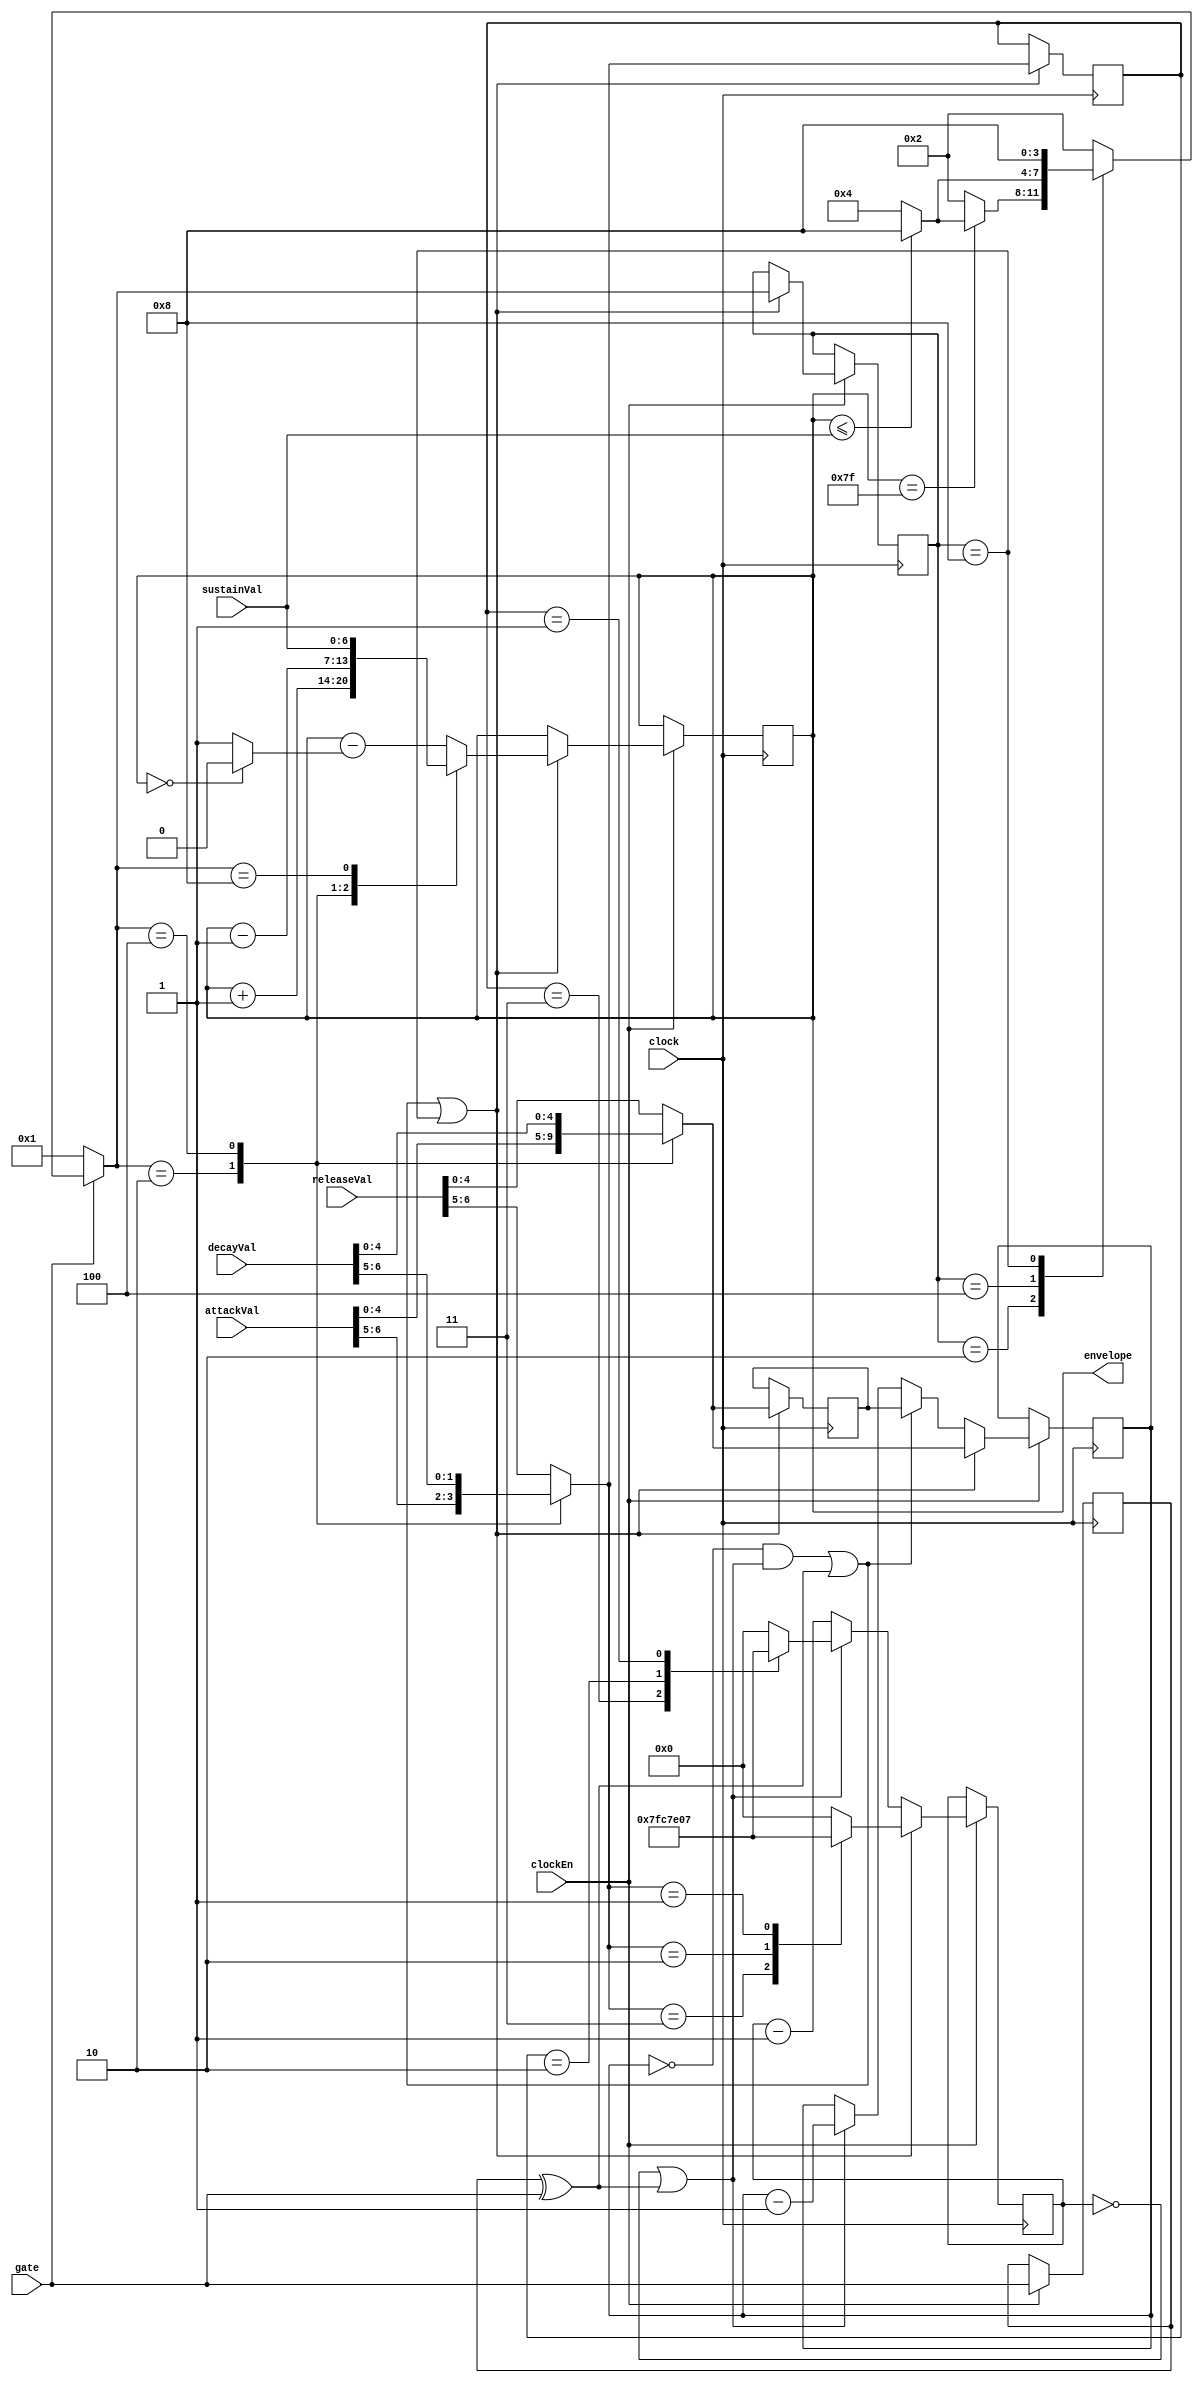
`timescale 1ns / 1ps
////////////////////////////////////////////////////////////////////////////////
// Company:
//
// Design Name: 
// Module Name:    envGen
// Project Name: 
// Target Devices: 
// Tool versions: 
// Description: 
//
// License:
// --------
// Copyright 2021  Ren Trapp (rene [dot] trapp (-at-) web [dot] de)
//
// This program is free software: you can redistribute it and/or modify
// it under the terms of the GNU General Public License as published by
// the Free Software Foundation, either version 3 of the License, or
// (at your option) any later version.
//
// This program is distributed in the hope that it will be useful,
// but WITHOUT ANY WARRANTY; without even the implied warranty of
// MERCHANTABILITY or FITNESS FOR A PARTICULAR PURPOSE.  See the
// GNU General Public License for more details.
//
// You should have received a copy of the GNU General Public License
// along with this program.  If not, see <https://www.gnu.org/licenses/>.
//
// Additional Comments:
// --------------------
//
// Attack, Decay, Release input vectors are 7 bit wide:
//    {2'b"e", 5'b"m"}
//    2 bits as exponent e
//    5 bits as mantissa m
//
// t = 2**(e*3) * m * T
// T = 1/375 s @ clockEn = 48 kHz
//
//   e | 2**(e*3)
//  ---+---------
//   0 |   1
//   1 |   8
//   2 |  64
//   3 | 512
//
// Sustain is fixed to the envelope width. If the generator is in its Sustain
// state any writes to the register take effect immediately (with the next clock
// rising edge). There is intentionally no ramping performed! But there is
// intentionally some provision to lock into sustain even if the sustain level
// is (heavily) modulated.
//
// Envelope output is a simple linear up and down counter. To convert this into
// a volume control a linear-to-exponential conversion needs to happen
// thereafter.
//
////////////////////////////////////////////////////////////////////////////////


module envGen
#(
   parameter   ENVWIDTH       =  7
)
(
   input                         clock,
   input                         clockEn,

   input                   [6:0] attackVal,
   input                   [6:0] decayVal,
   input          [ENVWIDTH-1:0] sustainVal,
   input                   [6:0] releaseVal,
   input                         gate,

   output reg     [ENVWIDTH-1:0] envelope = 0
);

   localparam  ADSR_ATTACK    =  4'd2;
   localparam  ADSR_DECAY     =  4'd4;
   localparam  ADSR_SUSTAIN   =  4'd8;
   localparam  ADSR_RELEASE   =  4'd1;
   localparam  PREDIVWIDTH    =  9;


   reg                           gatePrev = 0;
   reg                     [3:0] adsrNext;
   reg                     [3:0] adsrState = ADSR_RELEASE;
   reg                     [1:0] expoMux;
   reg                     [1:0] exponent = 0;
   reg         [PREDIVWIDTH-1:0] divCoarse = 0;
   reg                     [4:0] mantMux;
   reg                     [4:0] mantissa = 0;
   reg                     [4:0] divFine = 0;
   wire                          nextEnv;

   wire                          gate_change;
   wire                          divCoarseLoad;
   wire                          divFineLoad;



   // envelope control state machine
   // ------------------------------


   assign atMax = (envelope == {ENVWIDTH{1'b1}});
   assign atSus = (envelope <= sustainVal);
   assign atMin = (envelope == {ENVWIDTH{1'b0}});


   always @(*)
      if (gate)
         case (adsrState)
            ADSR_ATTACK:   adsrNext = atMax ? (atSus ? ADSR_SUSTAIN : ADSR_DECAY) : ADSR_ATTACK;
            ADSR_DECAY:    adsrNext = atSus ? ADSR_SUSTAIN : ADSR_DECAY;
            ADSR_SUSTAIN:  adsrNext = ADSR_SUSTAIN;
            default:       adsrNext = ADSR_ATTACK;
         endcase
      else
         adsrNext = ADSR_RELEASE;


   always @(posedge clock)
      if (clockEn)
         if (nextEnv)
            adsrState <= adsrNext;


   // envelope generator
   // ------------------


   always @(posedge clock)
      if (clockEn)
         if (nextEnv)
            case (adsrNext)
               ADSR_ATTACK:   envelope <= envelope + 1'b1;
               ADSR_DECAY:    envelope <= envelope - 1'b1;
               ADSR_SUSTAIN:  envelope <= sustainVal;
               default:       envelope <= envelope - (atMin ? 1'b0 : 1'b1);
            endcase


   // prepare desired timing
   // ----------------------


   always @(*)
      case (adsrNext)
         ADSR_ATTACK:   expoMux = attackVal[6:5];
         ADSR_DECAY:    expoMux = decayVal[6:5];
         ADSR_SUSTAIN:  expoMux = releaseVal[6:5];
         default:       expoMux = releaseVal[6:5];
      endcase


   always @(posedge clock)
      if (nextEnv)
         exponent <= expoMux;


   always @(*)
      case (adsrNext)
         ADSR_ATTACK:   mantMux = attackVal[4:0];
         ADSR_DECAY:    mantMux = decayVal[4:0];
         ADSR_SUSTAIN:  mantMux = releaseVal[4:0];
         default:       mantMux = releaseVal[4:0];
      endcase


   always @(posedge clock)
      if (nextEnv)
         mantissa <= mantMux;


   // envelope timing generator
   // -------------------------


   always @(posedge clock)
      if (clockEn)
         gatePrev <= gate;


   assign gate_change = gatePrev ^ gate;


   function [PREDIVWIDTH-1:0] expLUT;
      input [1:0] address;
      begin
         case (address)
            3'd3:    expLUT =  511;   // :512
            3'd2:    expLUT =   63;   // :64
            3'd1:    expLUT =    7;   // :8
            default: expLUT =    0;   // :1   <=>   Divider - 1
         endcase
      end
   endfunction


   assign divCoarseLoad = (divCoarse == 0) | gate_change;


   always @(posedge clock)
      if (clockEn)
         if (nextEnv)
            divCoarse <= expLUT(expoMux);
         else
            if (divCoarseLoad)
               divCoarse <= expLUT(exponent);
            else
               divCoarse <= divCoarse - 1'b1;


   assign divFineLoad = ((divFine == 0) & divCoarseLoad) | gate_change;


   always @(posedge clock)
      if (clockEn)
         if (nextEnv)
            divFine <= mantMux;
         else
            if (divFineLoad)
               divFine <= mantissa;
            else
               if (divCoarseLoad)
                  divFine <= divFine - 1'b1;


      assign nextEnv = divFineLoad | (adsrState == ADSR_SUSTAIN);


endmodule